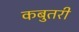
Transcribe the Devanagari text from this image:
कबुतरी